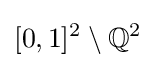
[0,1]^{2}\setminus \mathbb {Q} ^{2}